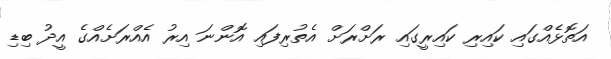
އަތޮޅެއްގައި ކައިރި ކައިރީގައި ރަށްރަށް އެތުރިފައި އޮންނަ އިރު އެއްރަށެއްގެ އީދު ބިޑި